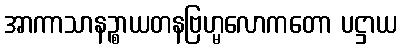
အာကာသာနဉ္စာယတနဗြဟ္မလောကတော ပဋ္ဌာယ